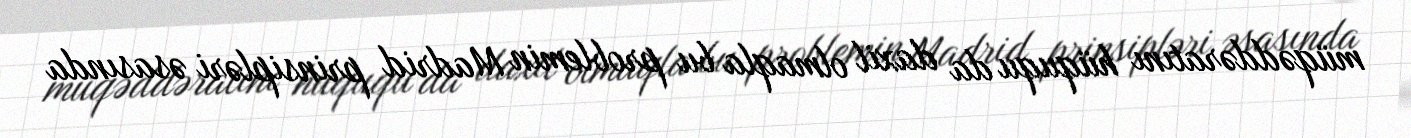
müqəddəratını hüququ da daxil olmaqla bu problemin Madrid prinsipləri əsasında